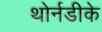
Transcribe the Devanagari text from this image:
थोर्नडीके